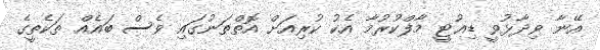
އޭނާ ވިދާޅުވީ ޑިއުޓީ މާފްކުރުމާ އެކު ކުރިއަށް އޮތްތަނުގައި ވެސް ބައެއް ތަކެތީގެ